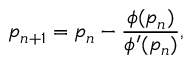
p _ { n + 1 } = p _ { n } - \frac { \phi ( p _ { n } ) } { \phi ^ { \prime } ( p _ { n } ) } ,